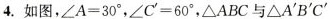
4.如图，∠A=30^{\circ},∠C^{\prime}=60^{\circ},△ABC与 △A^{\prime}B^{\prime}C^{\prime}